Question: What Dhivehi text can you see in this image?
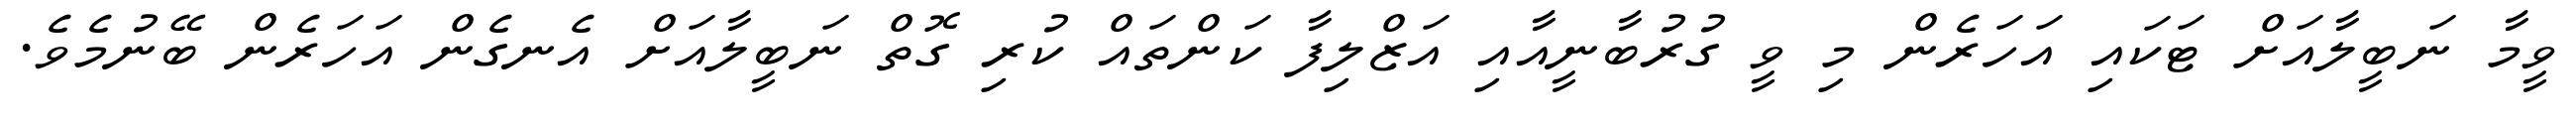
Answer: ވީމާ ނަބީލާއަށް ޓަކައި އަހަރެން މި ވީ ގުރުބާނީއާއި އަޒްލިފާ ކަންތައް ކުރި ގޮތް ނަބީލާއަށް އެނގެން އަހަރެން ބޭނުމެވެ.